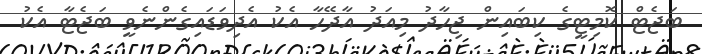
ބަޖެޓް ކޮމިޓީގެ ކިބައިން ޖިހާދު މިއަދު އާދޭހާ އެކު އެދިވަޑައިގެންނެވީ ބަޖެޓާ އެކު